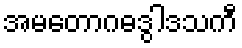
အမတောဂဓဒွါဒသကီ